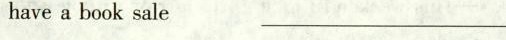
haveabooksale_________